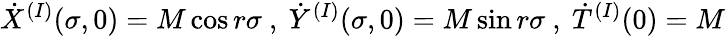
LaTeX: {\dot{X}}^{(I)}(\sigma,0)=M\cos r\sigma~,~{\dot{Y}}^{(I)}(\sigma,0)=M\sin r\sigma~,~{\dot{T}}^{(I)}(0)=M